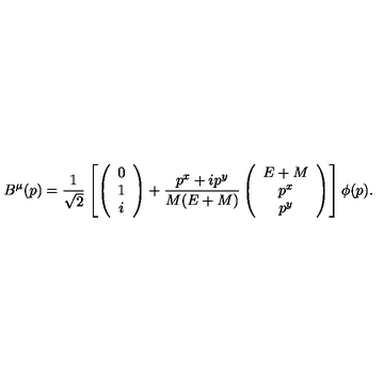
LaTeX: B ^ { \mu } ( p ) = \frac { 1 } { \sqrt 2 } \left[ \left( \begin{array} { c } { 0 } \\ { 1 } \\ { i } \\ \end{array} \right) + \frac { p ^ { x } + i p ^ { y } } { M ( E + M ) } \left( \begin{array} { c } { E + M } \\ { p ^ { x } } \\ { p ^ { y } } \\ \end{array} \right) \right] \phi ( p ) .